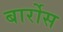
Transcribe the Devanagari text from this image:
बार्रोस